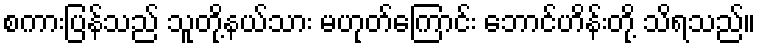
စကားပြန်သည် သူတို့နယ်သား မဟုတ်ကြောင်း ဘောင်ဟိန်းတို့ သိရသည်။